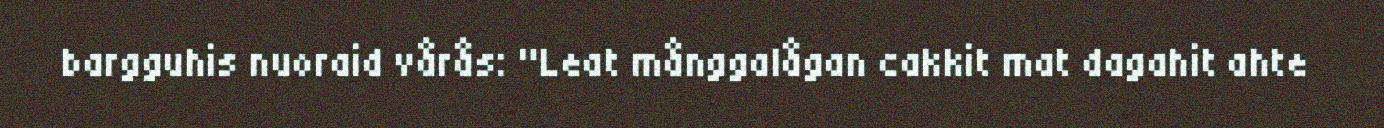
bargguhis nuoraid vårås: "Leat månggalågan cakkit mat dagahit ahte